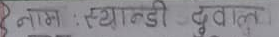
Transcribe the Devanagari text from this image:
नाम : स्यान्डी डुवाल